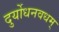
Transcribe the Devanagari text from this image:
दुर्योधनवधम्